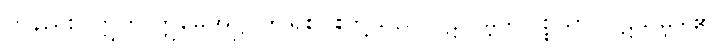
တနည်း။ ဣတိ ဣမေအဋ္ဌ၊ ဤရှစ်ပါးတို့သည် ပဋိသမ္ဘိဒါ ပစ္စယာ၊ ပဋိသမ္ဘိဒါ၏